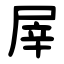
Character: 屖